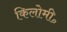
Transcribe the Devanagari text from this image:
किलोमी॰